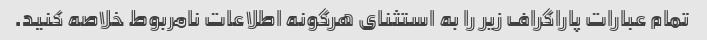
تمام عبارات پاراگراف زیر را به استثنای هرگونه اطلاعات نامربوط خلاصه کنید.